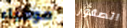
مومياء الصقور